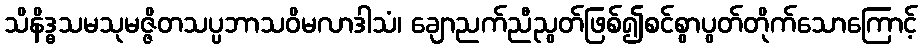
သိနိဒ္ဓသမသုမဇ္ဇိတသပ္ပဘာသဝိမလာဒါသံ၊ ချောညက်ညီညွတ်ဖြစ်၍စင်စွာပွတ်တိုက်သောကြောင့်